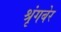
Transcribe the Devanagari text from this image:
श्रृंगबेर